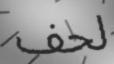
لحف